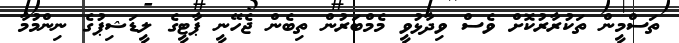
ތަސްމީން ތަކުރާރުކޮށް ވެސް ވިދާޅުވީ މެމްބަރުން ތިބެން ޖެހޭނީ ޕާޓީގެ ލީޑަޝިޕުގެ ނިންމުމާ